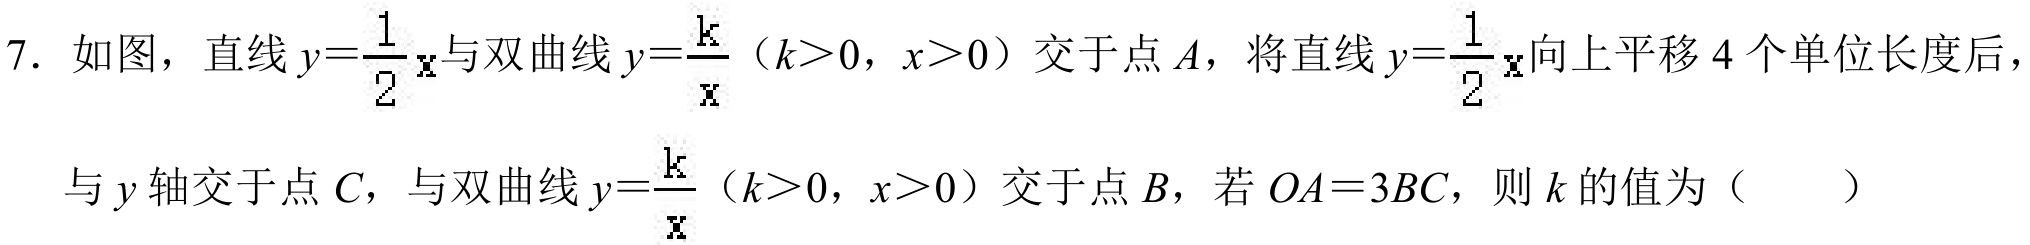
7. 如图，直线$y = \dfrac{1}{2}x$与双曲线$y = \dfrac{k}{x}$（$k > 0$，$x > 0$）交于点$A$，将直线$y = \dfrac{1}{2}x$向上平移$4$个单位长度后，
与$y$轴交于点$C$，与双曲线$y = \dfrac{k}{x}$（$k > 0$，$x > 0$）交于点$B$，若$OA = 3BC$，则$k$的值为（  ）